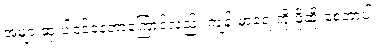
အများဆုံးပါဝင်နေတာကြောင့်လည်း ကျန်းမာရေးကို ပိုဆိုးစေတာပါ။